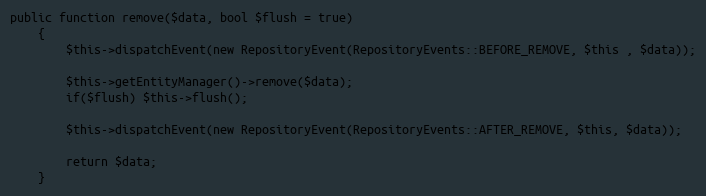
Language: PHP
public function remove($data, bool $flush = true)
    {
        $this->dispatchEvent(new RepositoryEvent(RepositoryEvents::BEFORE_REMOVE, $this , $data));

        $this->getEntityManager()->remove($data);
        if($flush) $this->flush();

        $this->dispatchEvent(new RepositoryEvent(RepositoryEvents::AFTER_REMOVE, $this, $data));

        return $data;
    }